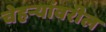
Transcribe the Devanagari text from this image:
चेहर्‍यांवरील